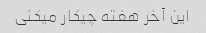
این آخر هفته چیکار میکنی